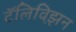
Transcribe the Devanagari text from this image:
टॅलिविझ़न